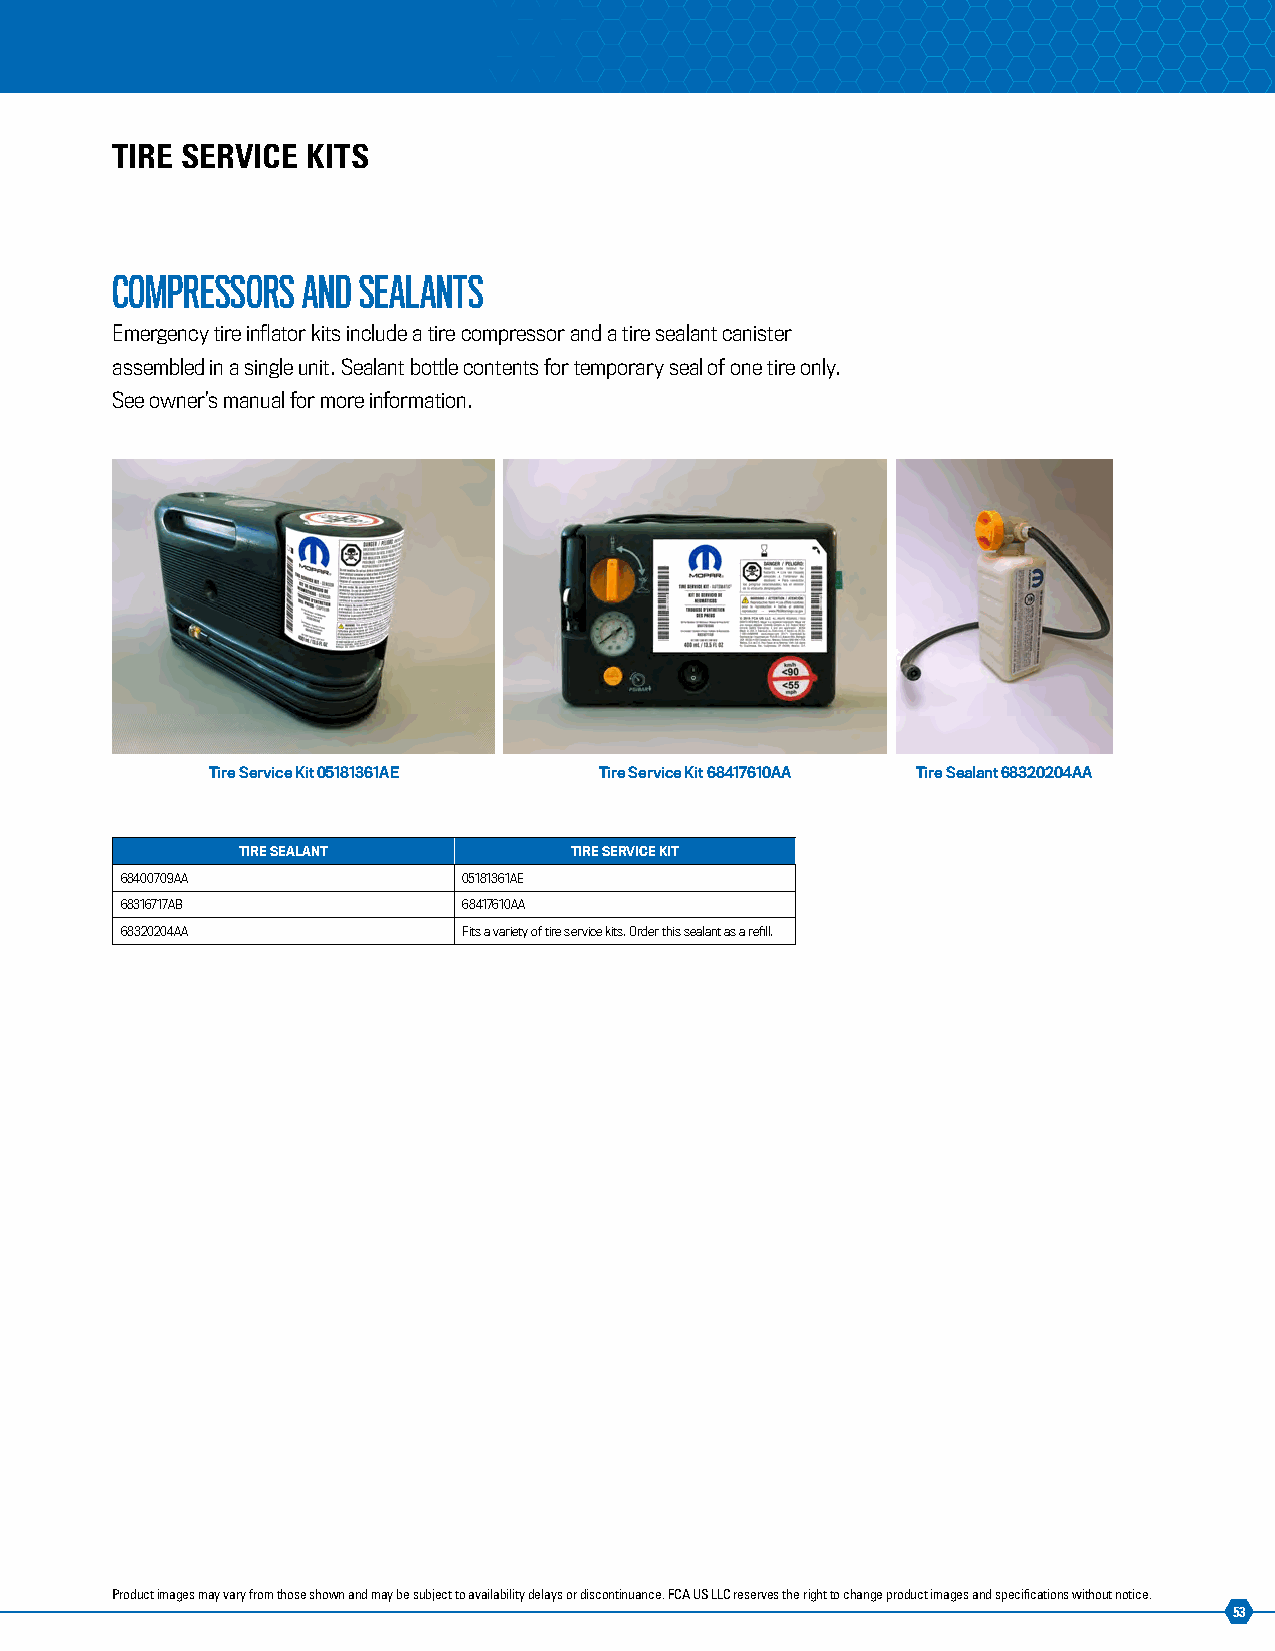
TIRE SERVICE KITS
 COMPRESSORS  AND SEALANTS
 Emergency tire inflator kits include a tire compressor and a tire sealant canister
 assembled in a single unit. Sealant bottle contents for temporary seal of one tire only.
 See owner’s manual for more information.
 Tire Service Kit 05181361AE Tire Service Kit 68417610AA Tire Sealant 68320204AA
 TIRE SEALANT          TIRE SERVICE KIT
 68400709AA             05181361AE
 68316717AB             68417610AA
 68320204AA             Fits a variety of tire service kits. Order this sealant as a refill.
 Product images may vary from those shown and may be subject to availability delays or discontinuance. FCA US LLC reserves the right to change product images and specifications without notice.
 53